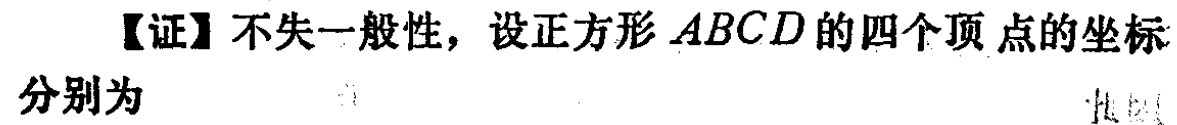
【证】不失一般性，设正方形 \(ABCD\) 的四个顶点的坐标分别为